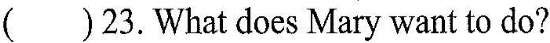
()23.What does Mary want to do?